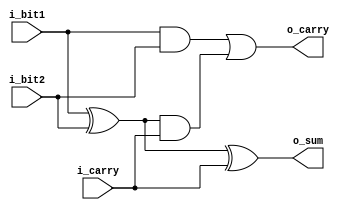
module full_adder
(input i_bit1,input i_bit2, input i_carry,output o_sum,output o_carry);

wire g1,p1;
assign g1=i_bit1 & i_bit2;
assign p1=i_bit1 ^ i_bit2;

assign o_sum=p1 ^ i_carry;
assign o_carry = g1 | (p1&i_carry);

endmodule